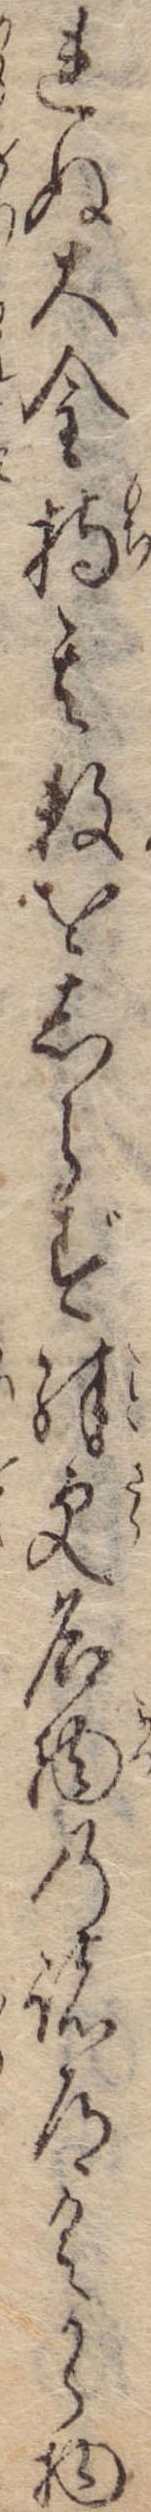
れぬ大金持其数をしらず殊更名物の諸道具から物